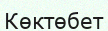
Көктөбет